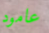
عامود